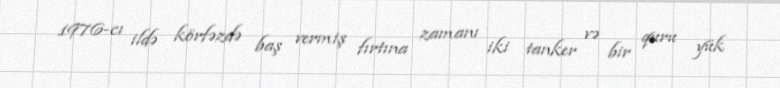
1976-cı ildə körfəzdə baş vermiş fırtına zamanı iki tanker və bir quru yük